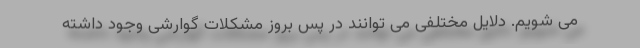
می شویم. دلایل مختلفی می توانند در پس بروز مشکلات گوارشی وجود داشته